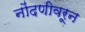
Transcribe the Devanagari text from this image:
नोंदणीवरून